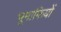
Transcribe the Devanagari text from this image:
भूमाफियों